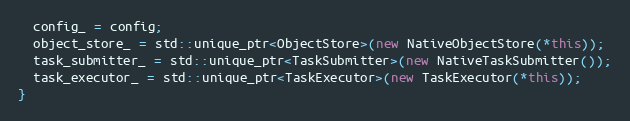
Language: C++
  config_ = config;
  object_store_ = std::unique_ptr<ObjectStore>(new NativeObjectStore(*this));
  task_submitter_ = std::unique_ptr<TaskSubmitter>(new NativeTaskSubmitter());
  task_executor_ = std::unique_ptr<TaskExecutor>(new TaskExecutor(*this));
}